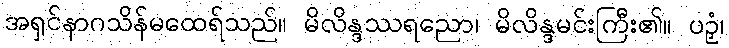
အရှင်နာဂသိန်မထေရ်သည်။ မိလိန္ဒဿရညော၊ မိလိန္ဒမင်းကြီး၏။ ပဉှံ၊